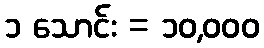
၁ သောင်း = ၁၀,၀၀၀